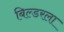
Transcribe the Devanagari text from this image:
बिल्डरला